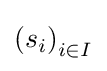
\left(s_{i}\right)_{i\in I}